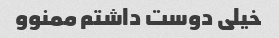
خیلی دوست داشتم ممنوو